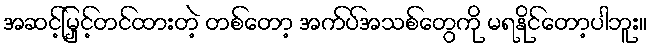
အဆင့်မြှင့်တင်ထားတဲ့ တစ်တော့ အက်ပ်အသစ်တွေကို မရနိုင်တော့ပါဘူး။